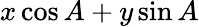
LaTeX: x\cos A+y\sin A